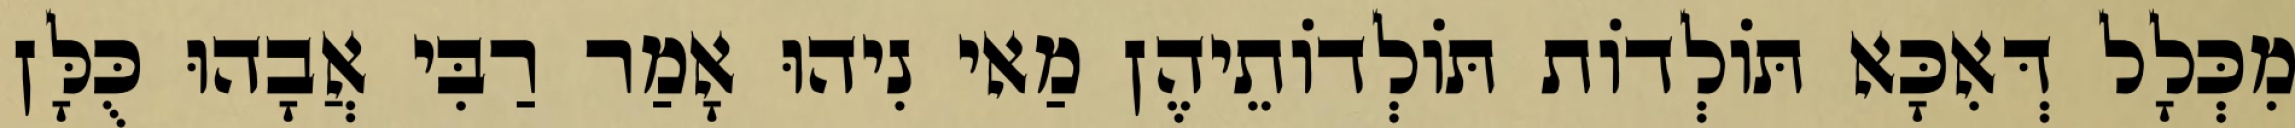
מִכְּלָל דְּאִכָּא תּוֹלְדוֹת תּוֹלְדוֹתֵיהֶן מַאי נִיהוּ אָמַר רַבִּי אֲבָהוּ כֻּלָּן